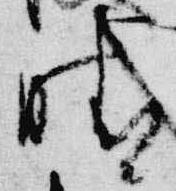
晴